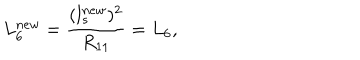
L _ { 6 } ^ { n e w } = \frac { ( l _ { s } ^ { n e w } ) ^ { 2 } } { R _ { 1 1 } } = L _ { 6 } ,